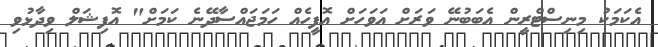
އެކަމަކު މިނިސްޓްރީން އެބަބުނޭ ވަރަށް އަވަހަށް އޮފީހެއް ހަމަޖައްސާދޭނެ ކަަމަށް" އޮފިޝަލް ވިދާޅުވި